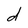
Character: d